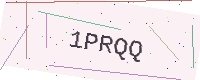
Text: 1PRQQ